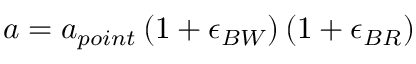
a = a _ { p o i n t } \left( 1 + \epsilon _ { B W } \right) \left( 1 + \epsilon _ { B R } \right)